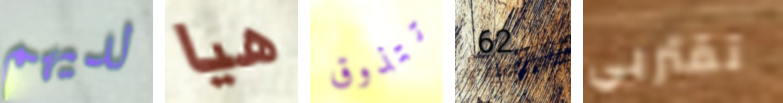
لديهم هيا تتذوق 62 تقتربي